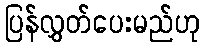
ပြန်လွှတ်ပေးမည်ဟု